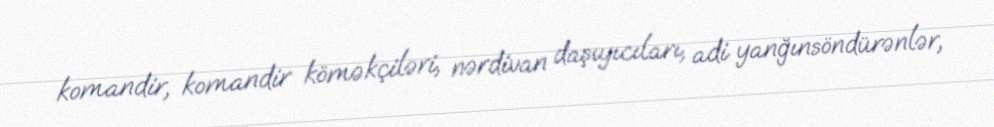
komandir, komandir köməkçiləri, nərdivan daşıyıcıları, adi yanğınsöndürənlər,